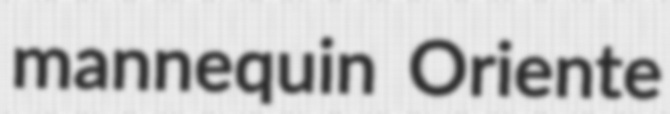
mannequin Oriente